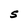
Character: S